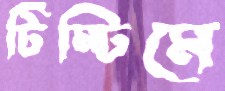
টিম্‌টিমে